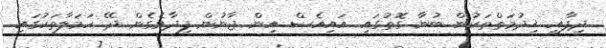
ދިފާއީ ޚިދުމަތްތަކުން ބުނާ ގޮތުގައި އައިއެސް އިން ޖާނުން ފިދާވެގެން ދޭ ހަމަލާތަކުގައި